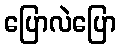
ပြောလဲပြော